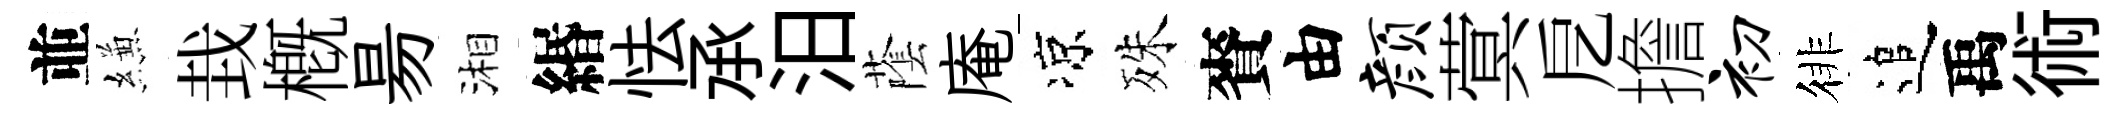
並縑㘽槪昜湘緡怯𠄘汨䕃庵凉殊賚由颜蓂戹擔初徘追禹術